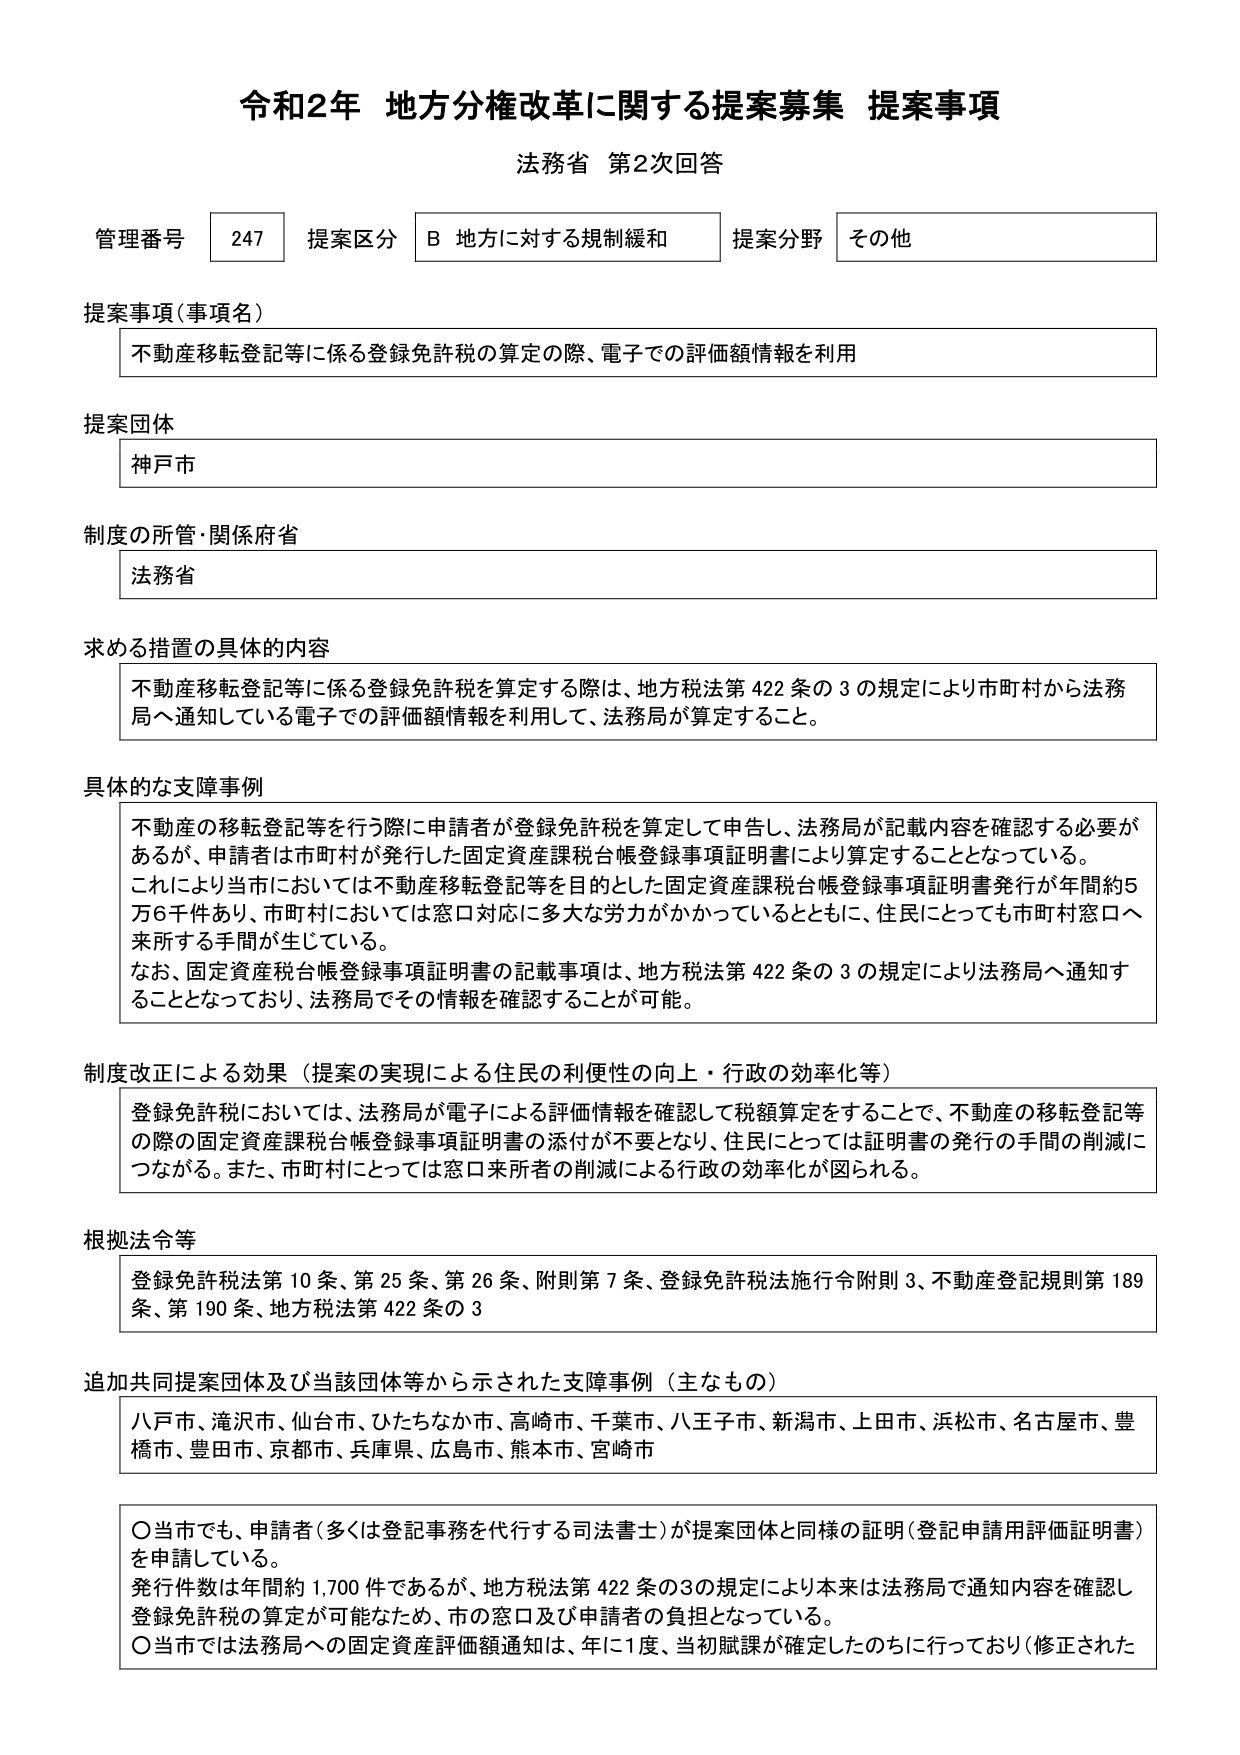
令和2年 地方分権改革に関する提案募集 提案事項
法務省 第2次回答

管理番号 247 提案区分 B 地方に対する規制緩和 提案分野 その他

提案事項（事項名）
不動産移転登記等に係る登録免許税の算定の際、電子での評価額情報を利用

提案団体
神戸市

制度の所管・関係府省
法務省

求める措置の具体的内容
不動産移転登記等に係る登録免許税を算定する際は、地方税法第422条の3の規定により市町村から法務局へ通知している電子での評価額情報を利用して、法務局が算定すること。

具体的な支障事例
不動産の移転登記等を行う際に申請者が登録免許税を算定して申告し、法務局が記載内容を確認する必要があるが、申請者は市町村が発行した固定資産課税台帳登録事項証明書により算定することとなっている。
これにより当市においては不動産移転登記等を目的とした固定資産課税台帳登録事項証明書発行が年間約5万6千件あり、市町村においては窓口対応に多大な労力がかかっているとともに、住民にとっても市町村窓口へ来所する手間が生じている。
なお、固定資産税台帳登録事項証明書の記載事項は、地方税法第422条の3の規定により法務局へ通知することとなっており、法務局でその情報を確認することが可能。

制度改正による効果（提案の実現による住民の利便性の向上・行政の効率化）
登録免許税においては、法務局が電子による評価情報を確認して税額算定をすることで、不動産の移転登記等の際の固定資産課税台帳登録事項証明書の添付が不要となり、住民にとっては証明書の発行の手間の削減につながる。また、市町村にとっては窓口来所者の削減による行政の効率化が図られる。

根拠法令等
登録免許税法第10条、第25条、第26条、附則第7条、登録免許税法施行令附則3、不動産登記規則第189条、第190条、地方税法第422条の3

追加共同提案団体及び当該団体等から示された支障事例（主なもの）
八戸市、滝沢市、仙台市、ひたちなか市、高崎市、千葉市、八王子市、新潟市、上田市、浜松市、名古屋市、豊橋市、豊田市、京都市、兵庫県、広島市、熊本市、宮崎市

〇当市でも、申請者（多くは登記事務を代行する司法書士）が提案団体と同様の証明（登記申請用評価証明書）を申請している。
発行件数は年間約1,700件であるが、地方税法第422条の3の規定により本来は法務局で通知内容を確認し登録免許税の算定が可能なため、市の窓口及び申請者の負担となっている。
〇当市では法務局への固定資産評価額通知は、年に1度、当初賦課が確定したのちに行っており（修正された